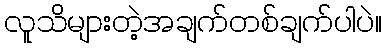
လူသိများတဲ့အချက်တစ်ချက်ပါပဲ။